Vaccination in Burma 1920-1933 - 1920-1933
Year: 1920
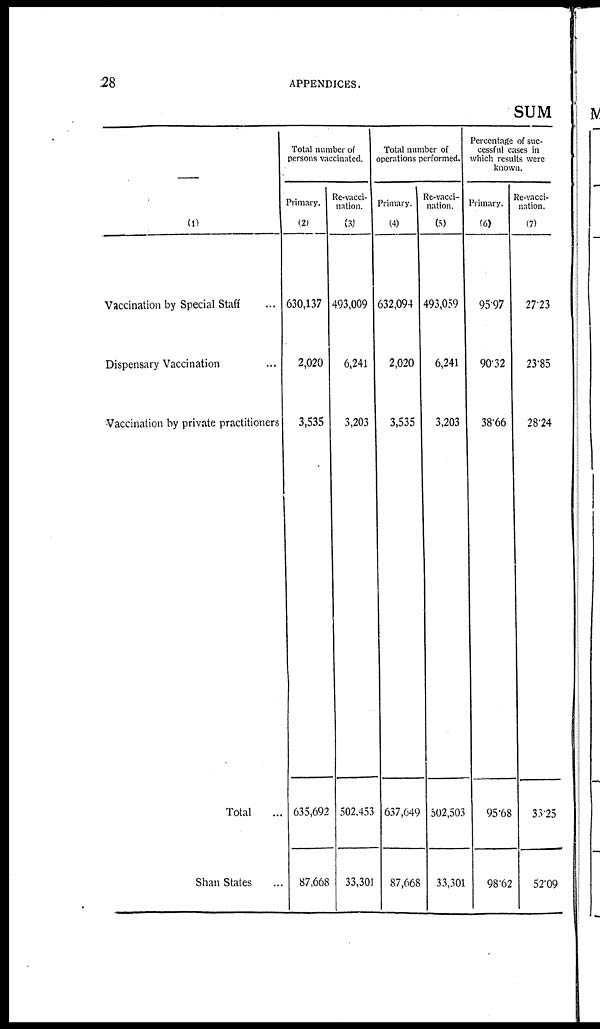
28
APPENDICES.
SUM
—
(1)
Vaccination by Special Staff... ...
Dispensary Vaccination... ...
Vaccination by private practitioners... ...
Total... ...
Shan States... ...
Total number of
persons vaccinated.
Primary.
(2)
630,137
2,020
3,535
635,692
87,668
Re-vacci-
nation.
(3)
493,009
6,241
3,203
502,453
33,301
Total number of
operations performed.
Primary.
(4)
632,094
2,020
3,535
637,649
87,668
Re-vacci-
nation.
(5)
493,059
6,241
3,203
502,503
33,301
Percentage of suc-
cessful cases in
which results were
known.
Primary.
(6)
95.97
90.32
38.66
95.68
98.62
Re-vacci-
nation.
(7)
27.23
23.85
28.24
33.25
52.09